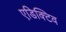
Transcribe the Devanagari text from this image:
एडिक्टिव